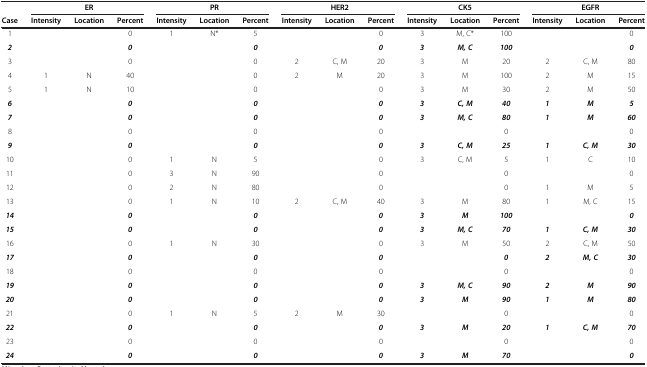
<table><thead><tr><td><b> </b></td><td><b> </b></td><td><b>ER</b></td><td><b> </b></td><td><b> </b></td><td><b>PR</b></td><td><b> </b></td><td><b> </b></td><td><b>HER2</b></td><td><b> </b></td><td><b> </b></td><td><b>CK5</b></td><td><b> </b></td><td><b> </b></td><td><b>EGFR</b></td><td><b> </b></td></tr><tr><td><b>Case</b></td><td><b>Intensity</b></td><td><b>Location</b></td><td><b>Percent</b></td><td><b>Intensity</b></td><td><b>Location</b></td><td><b>Percent</b></td><td><b>Intensity</b></td><td><b>Location</b></td><td><b>Percent</b></td><td><b>Intensity</b></td><td><b>Location</b></td><td><b>Percent</b></td><td><b>Intensity</b></td><td><b>Location</b></td><td><b>Percent</b></td></tr></thead><tbody><tr><td>1</td><td> </td><td> </td><td>0</td><td>1</td><td>N*</td><td>5</td><td> </td><td> </td><td>0</td><td>3</td><td>M, C*</td><td>100</td><td> </td><td> </td><td>0</td></tr><tr><td><b><i>2</i></b></td><td> </td><td> </td><td><b><i>0</i></b></td><td> </td><td> </td><td><b><i>0</i></b></td><td> </td><td> </td><td><b><i>0</i></b></td><td><b><i>3</i></b></td><td><b><i>M, C</i></b></td><td><b><i>100</i></b></td><td> </td><td> </td><td><b><i>0</i></b></td></tr><tr><td>3</td><td> </td><td> </td><td>0</td><td> </td><td> </td><td>0</td><td>2</td><td>C, M</td><td>20</td><td>3</td><td>M</td><td>20</td><td>2</td><td>C, M</td><td>80</td></tr><tr><td>4</td><td>1</td><td>N</td><td>40</td><td> </td><td> </td><td>0</td><td>2</td><td>M</td><td>20</td><td>3</td><td>M</td><td>100</td><td>2</td><td>M</td><td>15</td></tr><tr><td>5</td><td>1</td><td>N</td><td>10</td><td> </td><td> </td><td>0</td><td> </td><td> </td><td>0</td><td>3</td><td>M</td><td>30</td><td>2</td><td>M</td><td>50</td></tr><tr><td><b><i>6</i></b></td><td> </td><td> </td><td><b><i>0</i></b></td><td> </td><td> </td><td><b><i>0</i></b></td><td> </td><td> </td><td><b><i>0</i></b></td><td><b><i>3</i></b></td><td><b><i>C, M</i></b></td><td><b><i>40</i></b></td><td><b><i>1</i></b></td><td><b><i>M</i></b></td><td><b><i>5</i></b></td></tr><tr><td><b><i>7</i></b></td><td> </td><td> </td><td><b><i>0</i></b></td><td> </td><td> </td><td><b><i>0</i></b></td><td> </td><td> </td><td><b><i>0</i></b></td><td><b><i>3</i></b></td><td><b><i>M, C</i></b></td><td><b><i>80</i></b></td><td><b><i>1</i></b></td><td><b><i>M</i></b></td><td><b><i>60</i></b></td></tr><tr><td>8</td><td> </td><td> </td><td>0</td><td> </td><td> </td><td>0</td><td> </td><td> </td><td>0</td><td> </td><td> </td><td>0</td><td> </td><td> </td><td>0</td></tr><tr><td><b><i>9</i></b></td><td> </td><td> </td><td><b><i>0</i></b></td><td> </td><td> </td><td><b><i>0</i></b></td><td> </td><td> </td><td><b><i>0</i></b></td><td><b><i>3</i></b></td><td><b><i>C, M</i></b></td><td><b><i>25</i></b></td><td><b><i>1</i></b></td><td><b><i>C, M</i></b></td><td><b><i>30</i></b></td></tr><tr><td>10</td><td> </td><td> </td><td>0</td><td>1</td><td>N</td><td>5</td><td> </td><td> </td><td>0</td><td>3</td><td>C, M</td><td>5</td><td>1</td><td>C</td><td>10</td></tr><tr><td>11</td><td> </td><td> </td><td>0</td><td>3</td><td>N</td><td>90</td><td> </td><td> </td><td>0</td><td> </td><td> </td><td>0</td><td> </td><td> </td><td>0</td></tr><tr><td>12</td><td> </td><td> </td><td>0</td><td>2</td><td>N</td><td>80</td><td> </td><td> </td><td>0</td><td> </td><td> </td><td>0</td><td>1</td><td>M</td><td>5</td></tr><tr><td>13</td><td> </td><td> </td><td>0</td><td>1</td><td>N</td><td>10</td><td>2</td><td>C, M</td><td>40</td><td>3</td><td>M</td><td>80</td><td>1</td><td>M, C</td><td>15</td></tr><tr><td><b><i>14</i></b></td><td> </td><td> </td><td><b><i>0</i></b></td><td> </td><td> </td><td><b><i>0</i></b></td><td> </td><td> </td><td><b><i>0</i></b></td><td><b><i>3</i></b></td><td><b><i>M</i></b></td><td><b><i>100</i></b></td><td> </td><td> </td><td><b><i>0</i></b></td></tr><tr><td><b><i>15</i></b></td><td> </td><td> </td><td><b><i>0</i></b></td><td> </td><td> </td><td><b><i>0</i></b></td><td> </td><td> </td><td><b><i>0</i></b></td><td><b><i>3</i></b></td><td><b><i>M, C</i></b></td><td><b><i>70</i></b></td><td><b><i>1</i></b></td><td><b><i>C, M</i></b></td><td><b><i>30</i></b></td></tr><tr><td>16</td><td> </td><td> </td><td>0</td><td>1</td><td>N</td><td>30</td><td> </td><td> </td><td>0</td><td>3</td><td>M</td><td>50</td><td>2</td><td>C, M</td><td>50</td></tr><tr><td><b><i>17</i></b></td><td> </td><td> </td><td><b><i>0</i></b></td><td> </td><td> </td><td><b><i>0</i></b></td><td> </td><td> </td><td><b><i>0</i></b></td><td> </td><td> </td><td><b><i>0</i></b></td><td><b><i>2</i></b></td><td><b><i>M, C</i></b></td><td><b><i>30</i></b></td></tr><tr><td>18</td><td> </td><td> </td><td>0</td><td> </td><td> </td><td>0</td><td> </td><td> </td><td>0</td><td> </td><td> </td><td>0</td><td> </td><td> </td><td>0</td></tr><tr><td><b><i>19</i></b></td><td> </td><td> </td><td><b><i>0</i></b></td><td> </td><td> </td><td><b><i>0</i></b></td><td> </td><td> </td><td><b><i>0</i></b></td><td><b><i>3</i></b></td><td><b><i>M, C</i></b></td><td><b><i>90</i></b></td><td><b><i>2</i></b></td><td><b><i>M</i></b></td><td><b><i>90</i></b></td></tr><tr><td><b><i>20</i></b></td><td> </td><td> </td><td><b><i>0</i></b></td><td> </td><td> </td><td><b><i>0</i></b></td><td> </td><td> </td><td><b><i>0</i></b></td><td><b><i>3</i></b></td><td><b><i>M</i></b></td><td><b><i>90</i></b></td><td><b><i>1</i></b></td><td><b><i>M</i></b></td><td><b><i>80</i></b></td></tr><tr><td>21</td><td> </td><td> </td><td>0</td><td>1</td><td>N</td><td>5</td><td>2</td><td>M</td><td>30</td><td> </td><td> </td><td>0</td><td> </td><td> </td><td>0</td></tr><tr><td><b><i>22</i></b></td><td> </td><td> </td><td><b><i>0</i></b></td><td> </td><td> </td><td><b><i>0</i></b></td><td> </td><td> </td><td><b><i>0</i></b></td><td><b><i>3</i></b></td><td><b><i>M</i></b></td><td><b><i>20</i></b></td><td><b><i>1</i></b></td><td><b><i>C, M</i></b></td><td><b><i>70</i></b></td></tr><tr><td>23</td><td> </td><td> </td><td>0</td><td> </td><td> </td><td>0</td><td> </td><td> </td><td>0</td><td> </td><td> </td><td>0</td><td> </td><td> </td><td>0</td></tr><tr><td><b><i>24</i></b></td><td> </td><td> </td><td><b><i>0</i></b></td><td> </td><td> </td><td><b><i>0</i></b></td><td> </td><td> </td><td><b><i>0</i></b></td><td><b><i>3</i></b></td><td><b><i>M</i></b></td><td><b><i>70</i></b></td><td> </td><td> </td><td><b><i>0</i></b></td></tr></tbody></table>